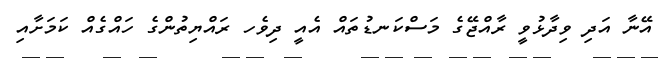
އޭނާ އަދި ވިދާޅުވީ ރާއްޖޭގެ މަސްކަނޑުތައް އެއީ ދިވެހ ރައްޔިތުންގެ ހައްގެއް ކަމަށާއި